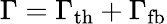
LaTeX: \Gamma=\Gamma_{\mathrm{th}}+\Gamma_{\mathrm{fb}}